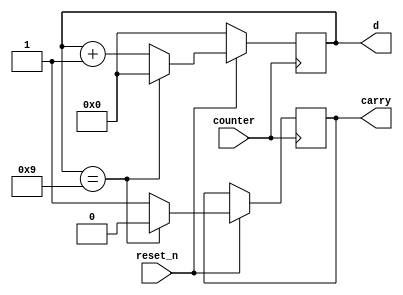
module bcd_cnt #(parameter DELAY_RISE = 1, DELAY_FALL = 1)
(
    input counter,
    input reset_n,
    output carry,
    output [3:0] d
);

reg [3:0] cnt = 4'b0;
reg c = 1'b0;
always @(negedge counter) begin
    if(!reset_n) begin
        cnt <= 1'b0;
    end else begin
        if(cnt == 4'b1001) begin
            cnt <= 1'b0;
            c <= 0;
        end else begin 
            cnt <= cnt + 1'b1;
            c <= 1'b1;
        end
    end
end
assign d = cnt;
assign carry = c;
endmodule